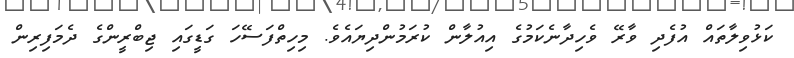
ކަޅުވިލާތައް އުފެދި ވާރޭ ވެހިދާނެކަމުގެ އިއުލާން ކުރަމުންދިޔައެވެ. މިހިތްފަސޭހަ ގަޑީގައި ޖިބްރީންގެ ދެމަފިރިން